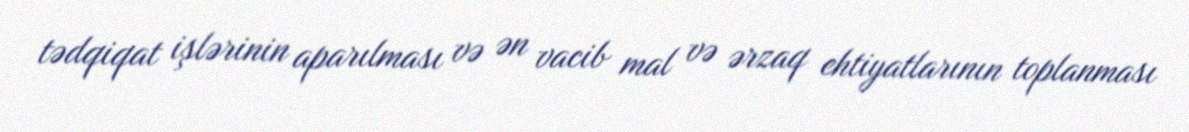
tədqiqat işlərinin aparılması və ən vacib mal və ərzaq ehtiyatlarının toplanması